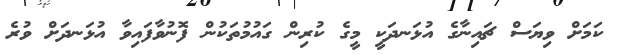
ކަމަށް ވިޔަސް ޗައިނާގެ އުޅަނދަކީ މީގެ ކުރިން ގައުމުތަކުން ފޮނުވާފައިވާ އުޅަނދަށް ވުރެ